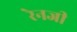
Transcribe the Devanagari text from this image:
रेनजी